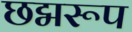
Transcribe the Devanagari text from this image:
छद्मरूप